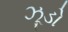
ઝૂડો